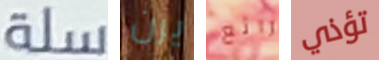
سلة يرن رائع تؤذي